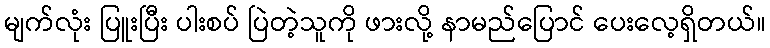
မျက်လုံး ပြူးပြီး ပါးစပ် ပြဲတဲ့သူကို ဖားလို့ နာမည်ပြောင် ပေးလေ့ရှိတယ်။